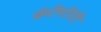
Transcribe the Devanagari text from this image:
कंटेंपोरेरी